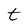
Character: t